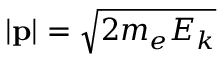
| \mathbf { p } | = { \sqrt { 2 m _ { e } E _ { k } } }